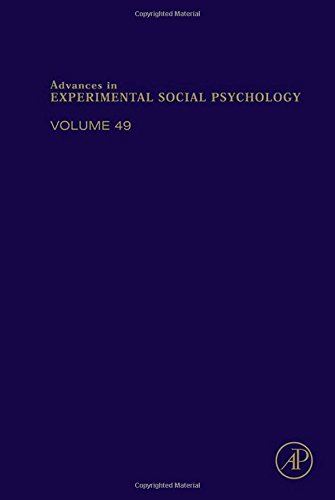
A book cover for Advances in Experimental Social Psychology, Volume 49; Medical Books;